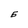
Character: 5